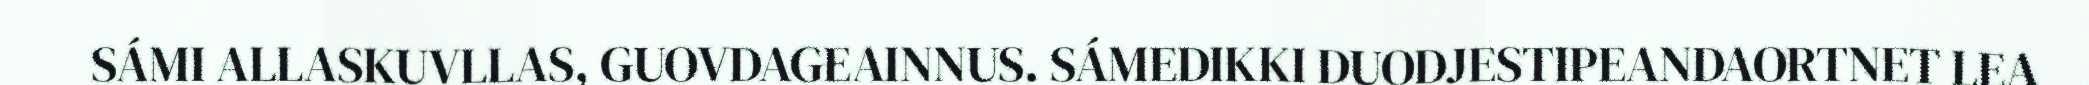
SÁMI ALLASKUVLLAS, GUOVDAGEAINNUS. SÁMEDIKKI DUODJESTIPEANDAORTNET LEA